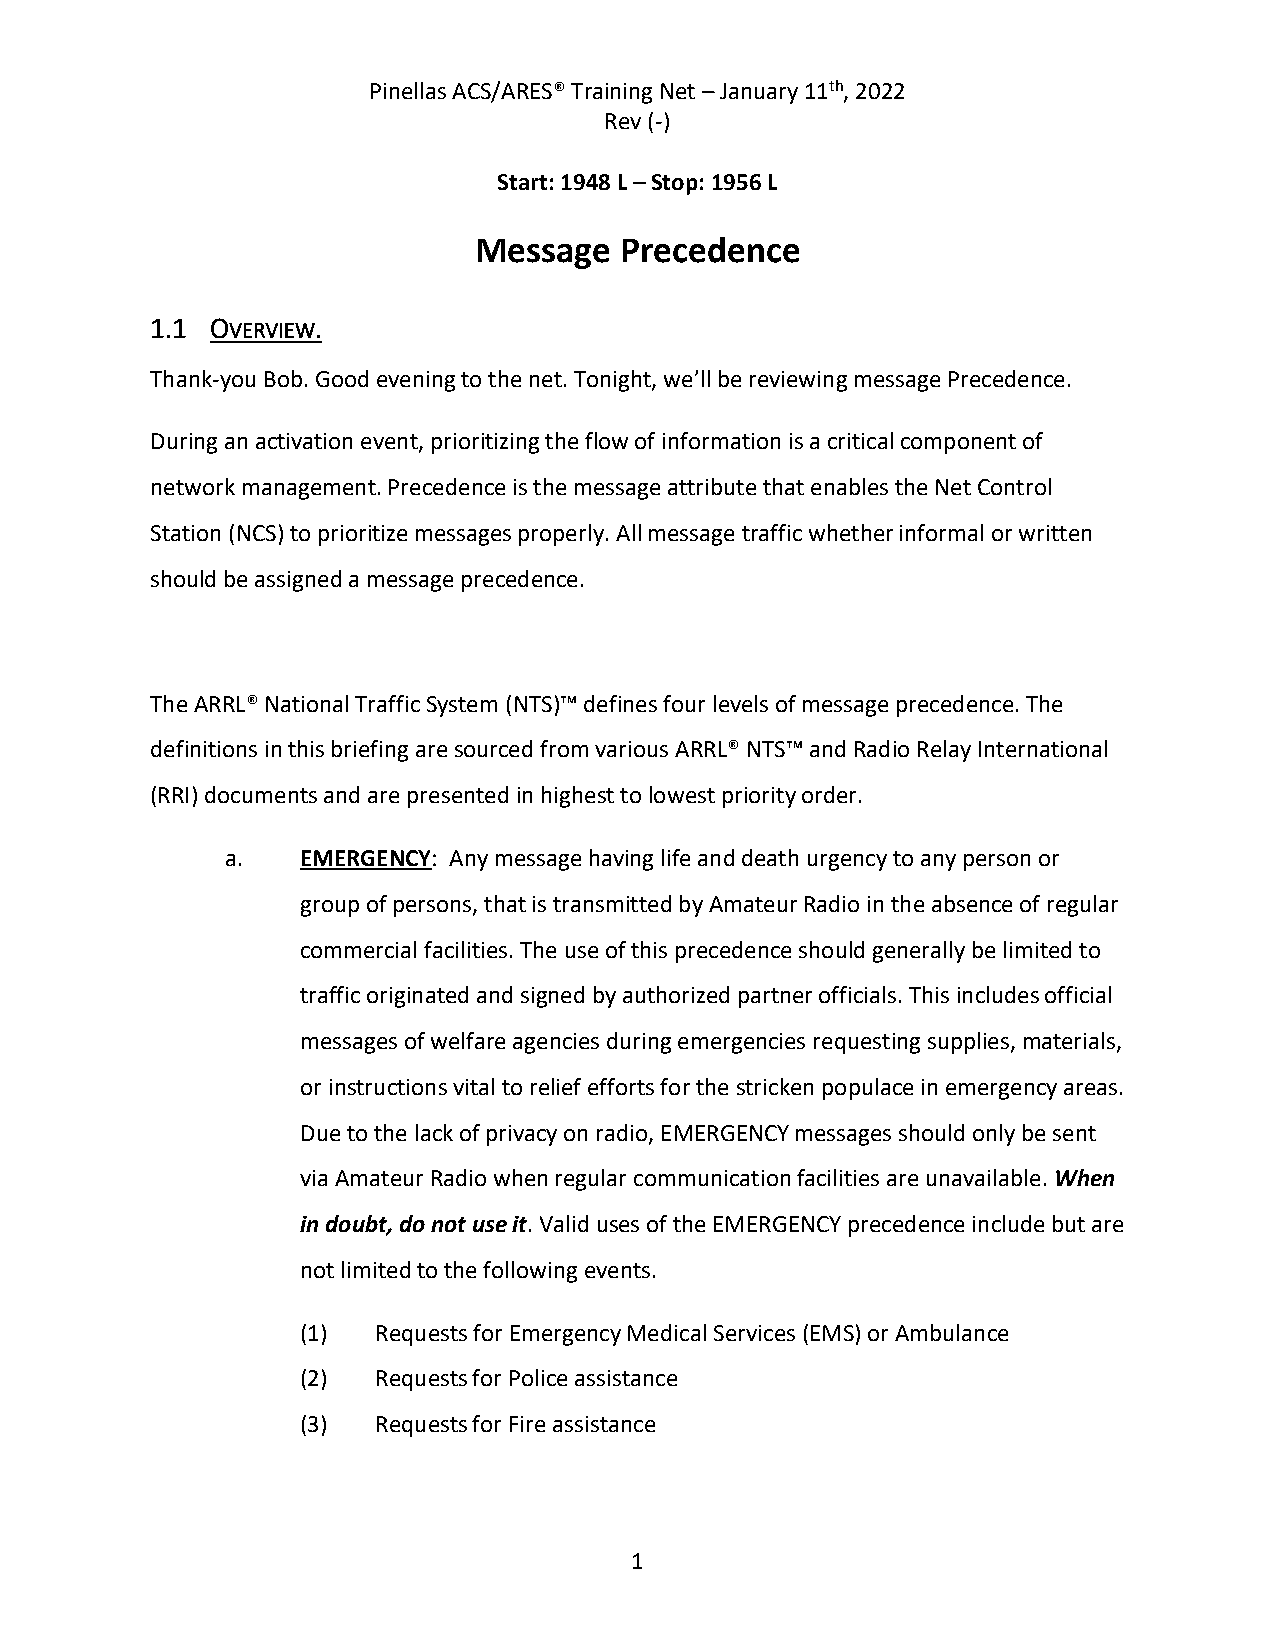
Pinellas ACS/ARES® Training Net – January 11th, 2022
 Rev (-)
 Start: 1948 L – Stop: 1956 L
 Message   Precedence
 1.1 OVERVIEW.
 Thank-you Bob. Good evening to the net. Tonight, we’ll be reviewing message Precedence.
 During an activation event, prioritizing the flow of information is a critical component of
 network management. Precedence is the message attribute that enables the Net Control
 Station (NCS) to prioritize messages properly. All message traffic whether informal or written
 should be assigned a message precedence.
 The ARRL® National Traffic System (NTS)™ defines four levels of message precedence. The
 definitions in this briefing are sourced from various ARRL® NTS™ and Radio Relay International
 (RRI) documents and are presented in highest to lowest priority order.
 a.   EMERGENCY: Any message having life and death urgency to any person or
 group of persons, that is transmitted by Amateur Radio in the absence of regular
 commercial facilities. The use of this precedence should generally be limited to
 traffic originated and signed by authorized partner officials. This includes official
 messages of welfare agencies during emergencies requesting supplies, materials,
 or instructions vital to relief efforts for the stricken populace in emergency areas.
 Due to the lack of privacy on radio, EMERGENCY messages should only be sent
 via Amateur Radio when regular communication facilities are unavailable. When
 in doubt, do not use it. Valid uses of the EMERGENCY precedence include but are
 not limited to the following events.
 (1)  Requests for Emergency Medical Services (EMS) or Ambulance
 (2)  Requests for Police assistance
 (3)  Requests for Fire assistance
 1